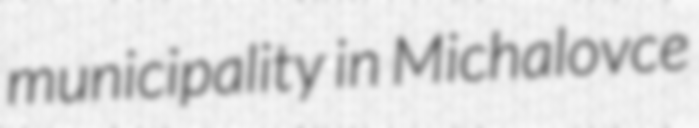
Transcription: municipality in Michalovce